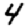
Digit: 4